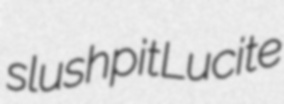
slushpit Lucite